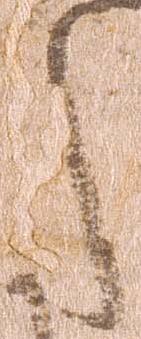
た